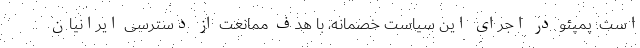
است. پمپئو در اجرای این سیاست خصمانه، با هدف ممانعت از دسترسی ایرانیان